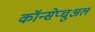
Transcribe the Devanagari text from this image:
कॉन्सेप्चुअल